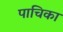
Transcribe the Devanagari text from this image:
पाचिका